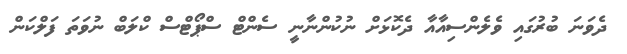
ދެވަނަ ބުރުގައި ވެލެންސިއާއާ ދެކޮޅަށް ނުކުންނާނީ ސެންޓް ސްޕޯޓްސް ކްލަބް ނުވަތަ ފަލްކަން